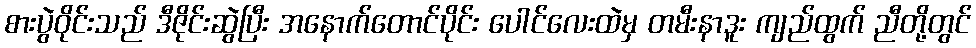
စားပွဲဝိုင်းသည် ဒီဇိုင်းဆွဲပြီး အနောက်တောင်ပိုင်း ပေါင်လေးထဲမှ တမီးနာဒူး ကျည်ထွက် ညီတို့တွင်